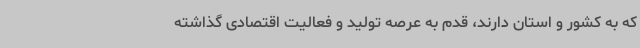
که به کشور و استان دارند، قدم به عرصه تولید و فعالیت اقتصادی گذاشته